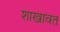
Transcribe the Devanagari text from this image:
शाखावत